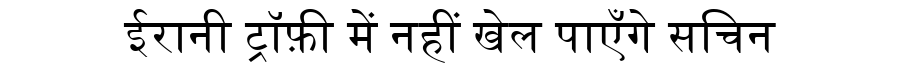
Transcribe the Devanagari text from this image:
ईरानी ट्रॉफ़ी में नहीं खेल पाएँगे सचिन